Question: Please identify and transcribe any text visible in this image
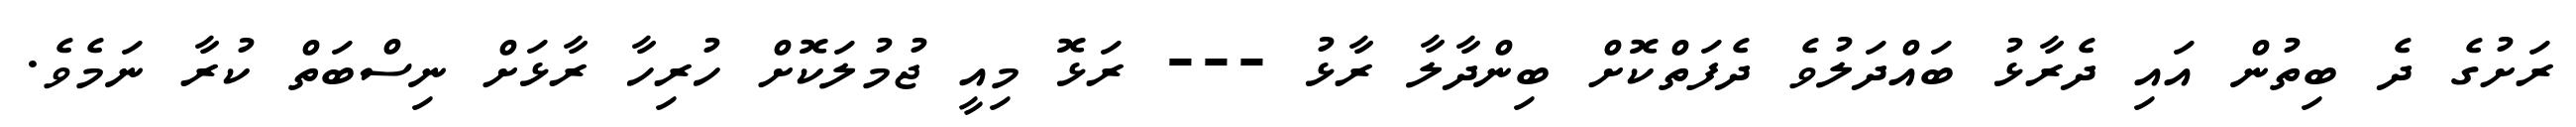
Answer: ރަށުގެ ދެ ބިތުން އައި ދެރާޅު ބައްދަލުވެ ދެފަތްކޮށް ބިންދާލާ ރާޅު --- ރަޅޮ މިއީ ޖުމުލަކޮށް ހުރިހާ ރާޅަށް ނިސްބަތް ކުރާ ނަމެވެ.